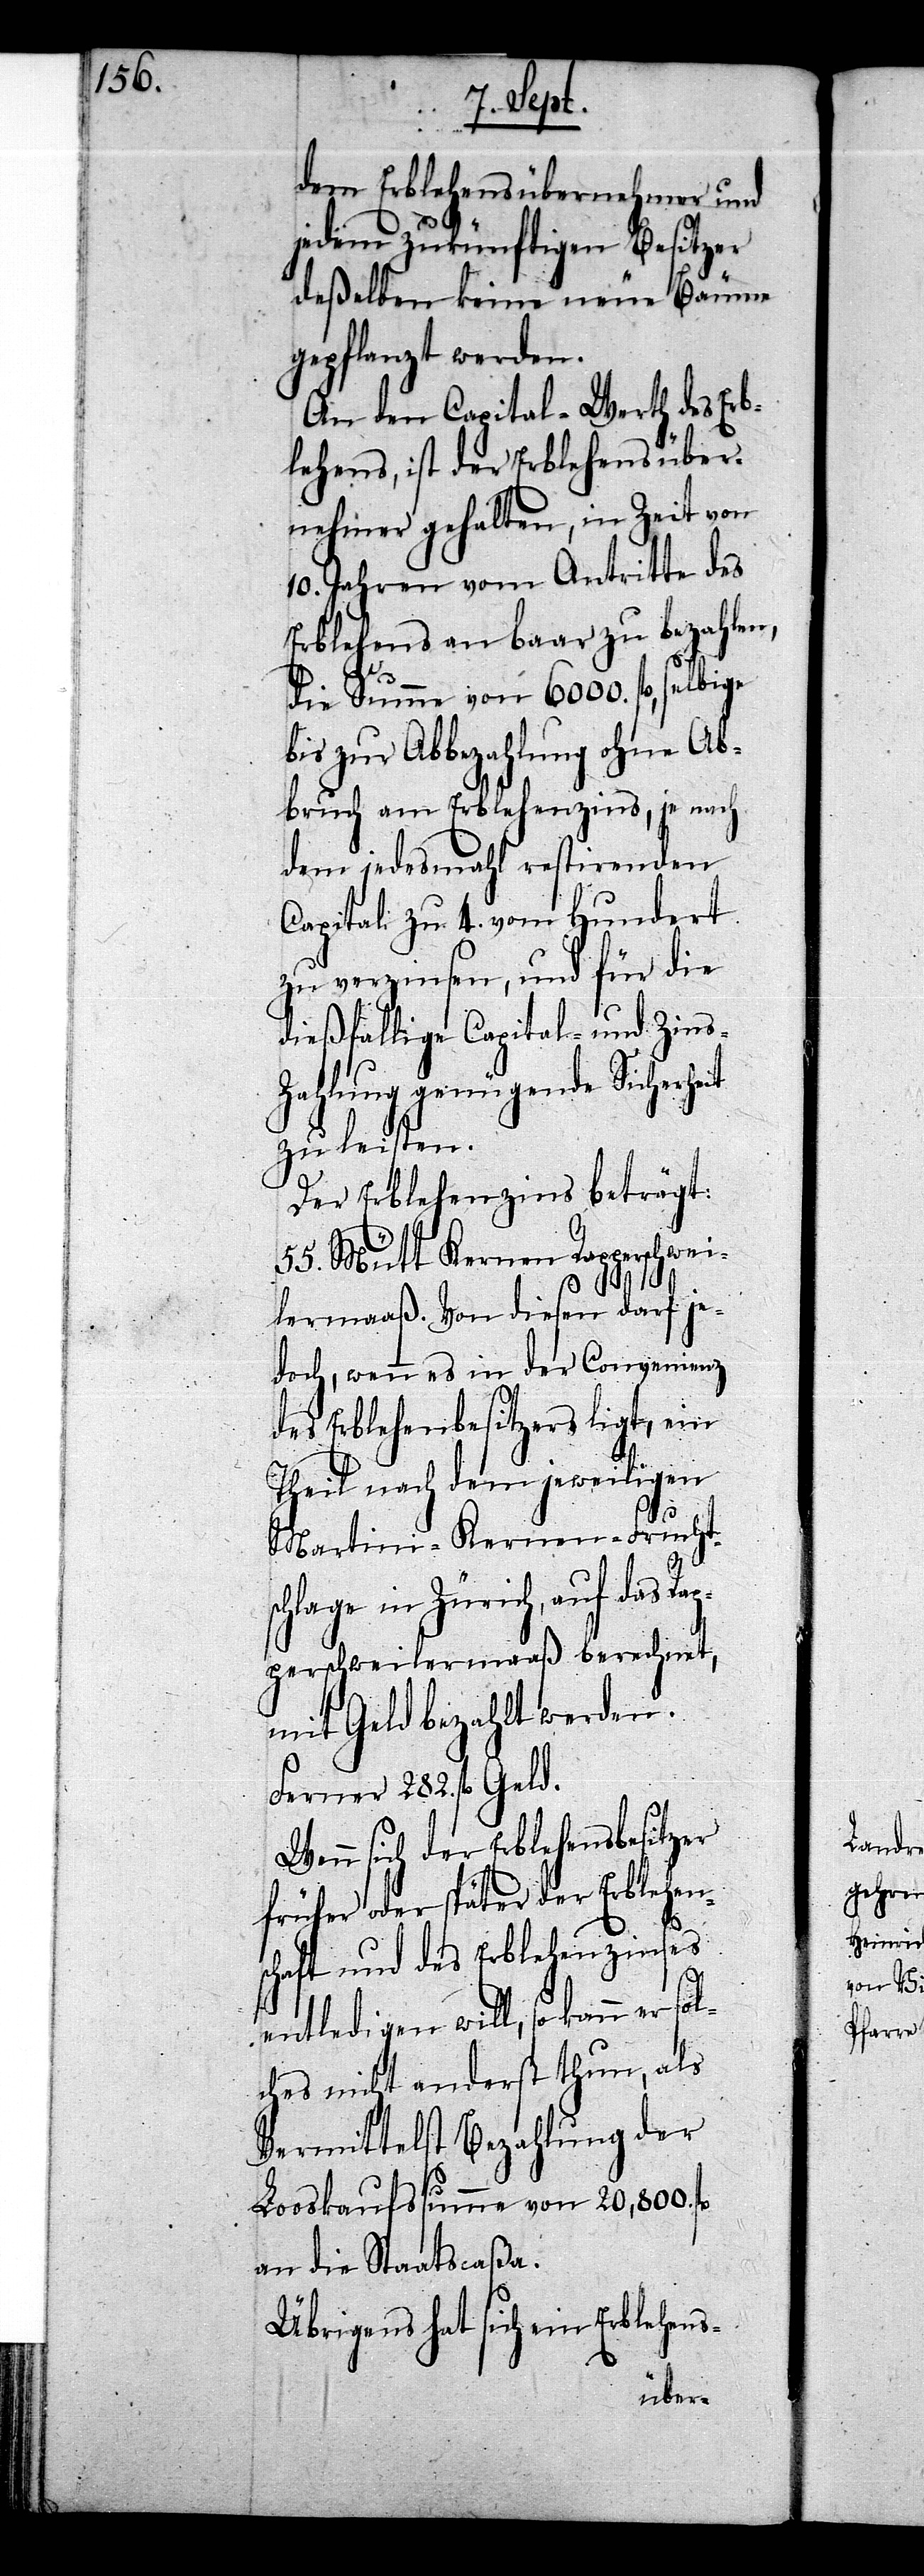
dem Erblehensübernehmer und
o¬
jedem zukünftigen Besitzer
deßelben keine neue Bäume
gepflanzt werden.
An den Capital-Werth des Erb¬
lehens, ist der Erblehensüber¬
nehmer gehalten, in Zeit von
10. Jahren vom Antritte des
Erblehens an baar zu bezahlen,
die Summe von 6000. fl, selbige
bis zu Abbezahlung ohne Ab¬
bruch am Erblehenzins, je nach
dem jedesmahl restirenden
Capital zu 4. vom Hundert
zu verzinsen, und für die
dießfallige Capital- und Zins-Z¬
ahlung genügende Sicherheit
zu leisten.
Der Erblehenzins beträgt:
55. Mütt Kernen Rapperschwei¬
lermaaß. Von diesen darf je¬
doch, wenn es in der Convenienz
des Erblehenbesitzers liegt, ein
Theil nach dem jeweiligen
Martini-Kernen-Fruchts¬
chlage in Zürich, auf das Ra¬
pperschweilermaaß berechnet,
mit Geld bezahlt werden.
Ferner 282. fl Geld.
Wenn sich der Erblehensbesitzer
früher oder später der Erblehen¬
schaft und des Erblehenzinses
entledigen will, so kann er s¬
lches nicht anderst thun, als
Vermittelst Bezahlung der
Looskaufssumme von 20,800. fl
an die Staatscaßa.
Übrigens hat sich ein Erblehens-